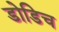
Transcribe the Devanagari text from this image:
डोडिच